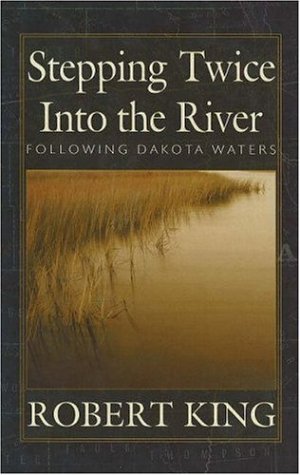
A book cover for Stepping Twice Into the River: Following Dakota Waters; Robert King; Travel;